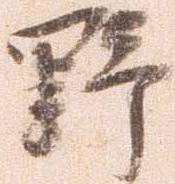
野